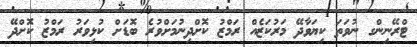
ޓްރޭނިންގ ނުވަތަ ކިޔަވާދޭ މަރުކަޒެއް ރަމްޒު ކޮށްދިނުމަށްވުރެ ބޮޑަށް ކުޅިވަރު ރަމްޒު ކޮށްދޭ